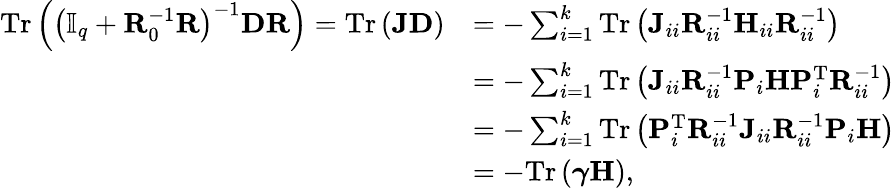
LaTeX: \begin{array}{rl}{\mathrm{Tr}\left(\left(\mathbb{I}_{q}+\mathbf{R}_{0}^{-1}\mathbf{R}\right)^{-1}\mathbf{D}\mathbf{R}\right)=\mathrm{Tr}\left(\mathbf{J}\mathbf{D}\right)}&{=-\sum_{i=1}^{k}\mathrm{Tr}\left(\mathbf{J}_{ii}\mathbf{R}_{ii}^{-1}\mathbf{H}_{ii}\mathbf{R}_{ii}^{-1}\right)}\\ &{=-\sum_{i=1}^{k}\mathrm{Tr}\left(\mathbf{J}_{ii}\mathbf{R}_{ii}^{-1}\mathbf{P}_{i}\mathbf{H}\mathbf{P}_{i}^{\mathrm{T}}\mathbf{R}_{ii}^{-1}\right)}\\ &{=-\sum_{i=1}^{k}\mathrm{Tr}\left(\mathbf{P}_{i}^{\mathrm{T}}\mathbf{R}_{ii}^{-1}\mathbf{J}_{ii}\mathbf{R}_{ii}^{-1}\mathbf{P}_{i}\mathbf{H}\right)}\\ &{=-\mathrm{Tr}\left(\boldsymbol{\gamma\mathbf{H}}\right),}\end{array}